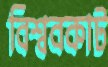
বিশ্ববকাট